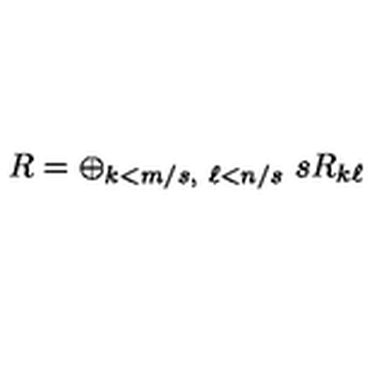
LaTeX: R = \oplus _ { k < m / s , \ \ell < n / s } \ s R _ { k \ell }